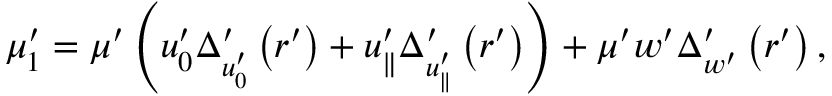
\mu _ { 1 } ^ { \prime } = \mu ^ { \prime } \left( u _ { 0 } ^ { \prime } \Delta _ { u _ { 0 } ^ { \prime } } ^ { \prime } \left( r ^ { \prime } \right) + u _ { \parallel } ^ { \prime } \Delta _ { u _ { \parallel } ^ { \prime } } ^ { \prime } \left( r ^ { \prime } \right) \right) + \mu ^ { \prime } w ^ { \prime } \Delta _ { w ^ { \prime } } ^ { \prime } \left( r ^ { \prime } \right) ,